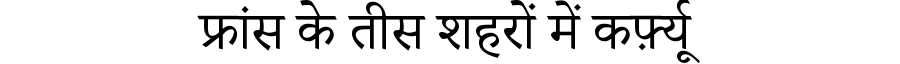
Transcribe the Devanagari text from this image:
फ्रांस के तीस शहरों में कर्फ़्यू